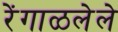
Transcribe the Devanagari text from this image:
रेंगाळलेले